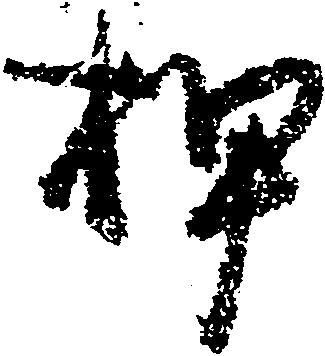
押